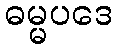
ဓမ္မပဒေ